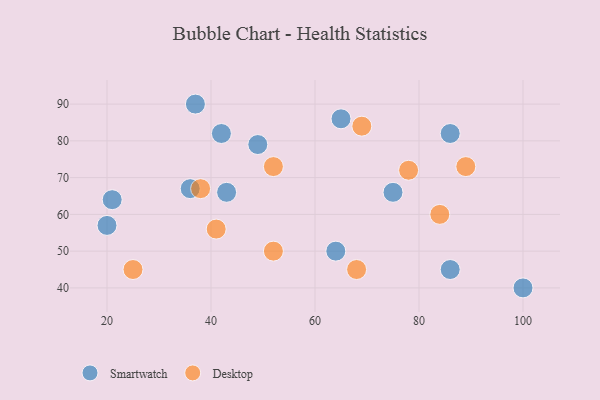
{"axis": {"x": "GDP", "y": "Life Expectancy"}, "legend": ["Desktop", "Smartwatch"], "data": [{"x": "36", "y": 67, "type": "Smartwatch"}, {"x": "20", "y": 57, "type": "Smartwatch"}, {"x": "64", "y": 50, "type": "Smartwatch"}, {"x": "65", "y": 86, "type": "Smartwatch"}, {"x": "43", "y": 66, "type": "Smartwatch"}, {"x": "49", "y": 79, "type": "Smartwatch"}, {"x": "42", "y": 82, "type": "Smartwatch"}, {"x": "86", "y": 82, "type": "Smartwatch"}, {"x": "86", "y": 45, "type": "Smartwatch"}, {"x": "100", "y": 40, "type": "Smartwatch"}, {"x": "37", "y": 90, "type": "Smartwatch"}, {"x": "75", "y": 66, "type": "Smartwatch"}, {"x": "21", "y": 64, "type": "Smartwatch"}, {"x": "89", "y": 73, "type": "Desktop"}, {"x": "52", "y": 50, "type": "Desktop"}, {"x": "69", "y": 84, "type": "Desktop"}, {"x": "84", "y": 60, "type": "Desktop"}, {"x": "68", "y": 45, "type": "Desktop"}, {"x": "52", "y": 73, "type": "Desktop"}, {"x": "38", "y": 67, "type": "Desktop"}, {"x": "41", "y": 56, "type": "Desktop"}, {"x": "25", "y": 45, "type": "Desktop"}, {"x": "78", "y": 72, "type": "Desktop"}]}